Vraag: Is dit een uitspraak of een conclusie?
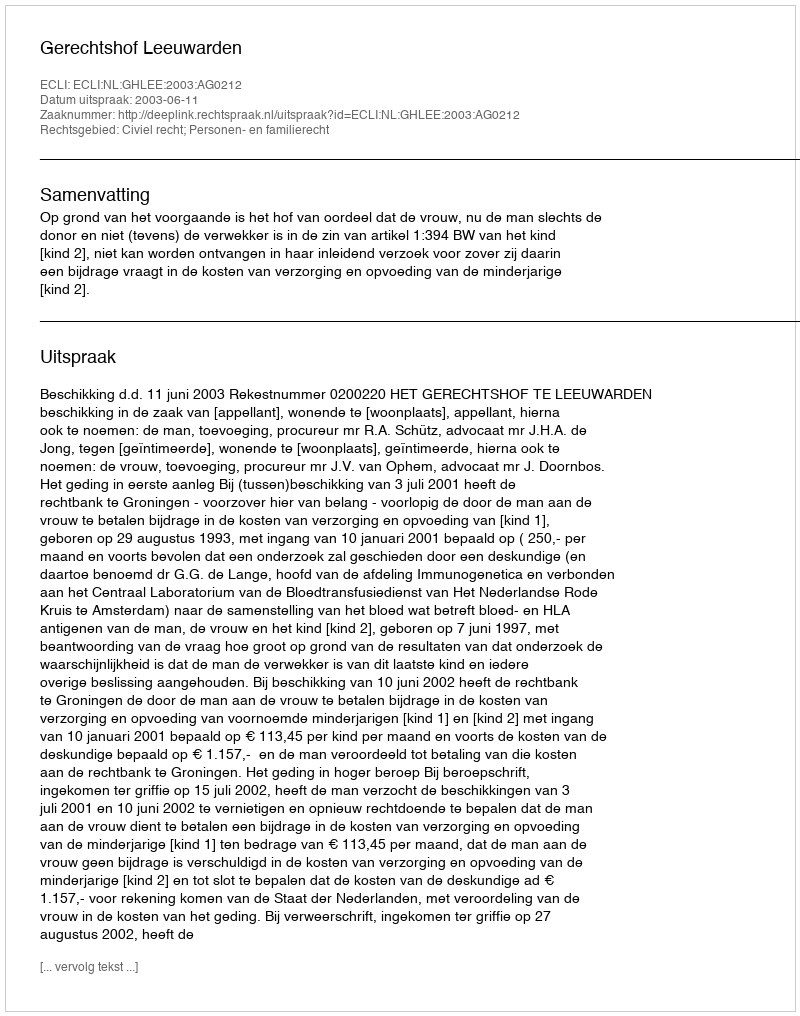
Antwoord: Uitspraak